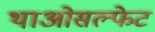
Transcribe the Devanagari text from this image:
थाओसल्फेट